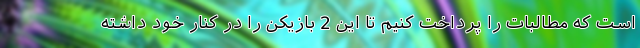
است که مطالبات را پرداخت کنیم تا این 2 بازیکن را در کنار خود داشته